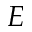
E